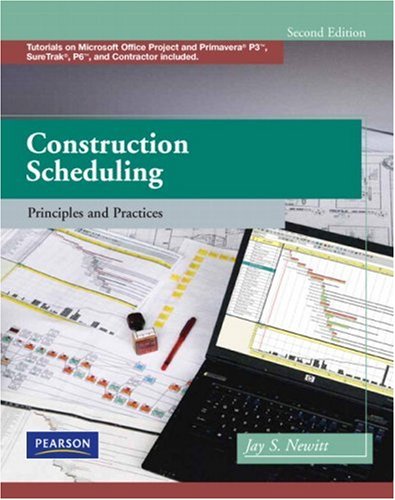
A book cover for Construction Scheduling: Principles and Practices (2nd Edition); Jay S. Newitt; Arts & Photography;